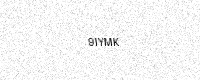
Text: 9IYMK